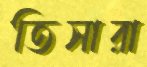
তিসারা